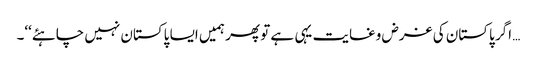
… اگر پاکستان کی غرض وغایت یہی ہے تو پھر ہمیں ایسا پاکستان نہیں چاہئے‘‘۔